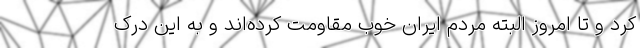
کرد و تا امروز البته مردم ایران خوب مقاومت کرده‌اند و به این درک